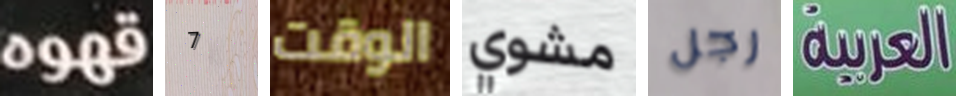
قهوه 7 الوقت مشوي رجل العربية